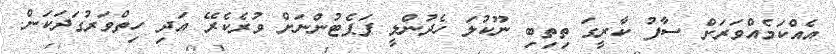
އެއްކަމެއްވަރަށް ސާފު ކާރީގަ ތިތިބި ނޫކުލަ ހެދުންލީ ޕަޕެޓުންނަށް ވުރެކެރޭ އަދި ހިތްވަރުގަދަކަން.